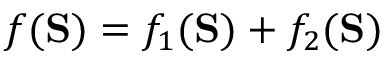
f ( \mathbf { S } ) = f _ { 1 } ( \mathbf { S } ) + f _ { 2 } ( \mathbf { S } )